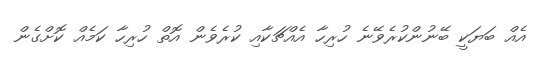
އެއް ބަޔަކީ ބޭނުންކުރެވޭނެ ހުރިހާ އެއްޗަކާއި ކުރެވެން އޮތް ހުރިހާ ކަމެއް ކޮށްގެން